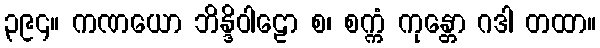
၃၉၄။ ကဏယော ဘိန္ဒိဝါဠော စ၊ စက္ကံ ကုန္တော ဂဒါ တထာ။